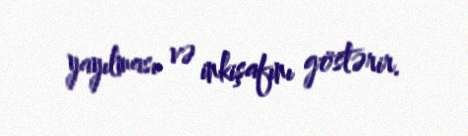
yayılması və inkişafını göstərir.